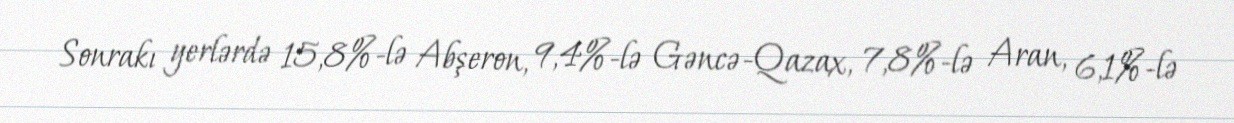
Sonrakı yerlərdə 15,8%-lə Abşeron, 9,4%-lə Gəncə-Qazax, 7,8%-lə Aran, 6,1%-lə